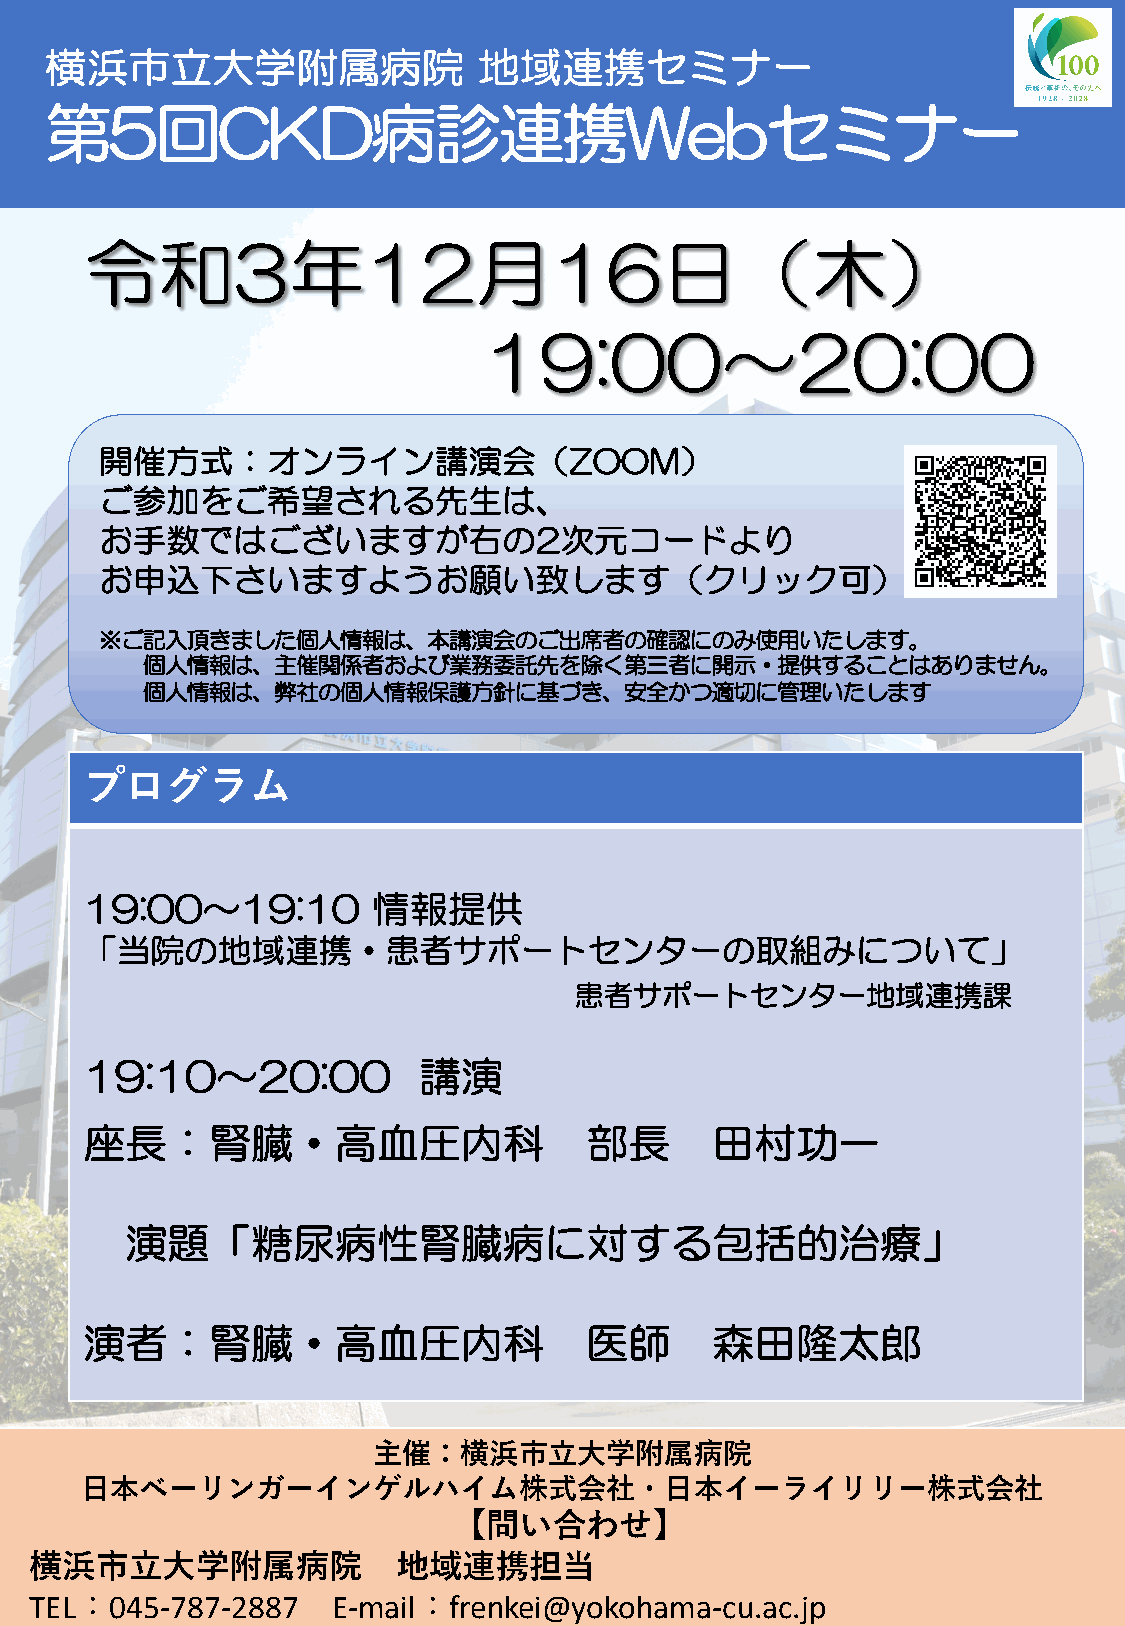
横浜市立大学附属病院                   地域連携セミナー
 第5回CKD病診連携Webセミナー
 令和3年12月16日（木）
 19:00～20:00
 開催方式：オンライン講演会（ZOOM）
 ご参加をご希望される先生は、
 お手数ではございますが右の2次元コードより                                    QR
 コード
 お申込下さいますようお願い致します（クリック可）
 ※ご記入頂きました個人情報は、本講演会のご出席者の確認にのみ使用いたします。
 個人情報は、主催関係者および業務委託先を除く第三者に開示・提供することはありません。
 個人情報は、弊社の個人情報保護方針に基づき、安全かつ適切に管理いたします
 プログラム
 19:00～19:10        情報提供
 「当院の地域連携・患者サポートセンターの取組みについて」
 患者サポートセンター地域連携課
 19:10～20:00           講演
 座長：腎臓・高血圧内科                      部長      田村功一
 演題「糖尿病性腎臓病に対する包括的治療」
 演者：腎臓・高血圧内科                      医師      森田隆太郎
 主催：横浜市⽴⼤学附属病院
 ⽇本ベーリンガーインゲルハイム株式会社・⽇本イーライリリー株式会社
 【問い合わせ】
 横浜市⽴⼤学附属病院              地域連携担当
 TEL：045-787-2887    E-mail：frenkei@yokohama-cu.ac.jp